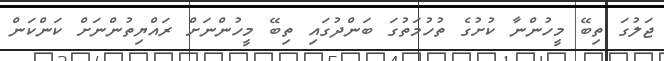
ޖަލުގަ ތިބޭ މީހުންނާ ކުށުގެ ތުހުމަތުގަ ބަންދުގައި ތިބޭ މީހުންނަށް ރައްޔިތުންނަށް ކަންކަން